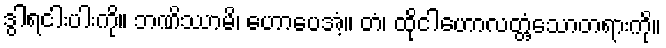
ဒွါရငါးပါးကို။ ဘဏိဿာမိ၊ ဟောပေအံ့။ တံ၊ ထိုငါဟောလတ္တံ့သောတရားကို။